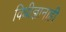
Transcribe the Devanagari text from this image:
विधीज्ञानाही